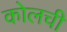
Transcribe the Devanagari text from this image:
कोलची